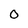
Character: 0